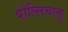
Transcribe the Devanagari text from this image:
पोल्लिचात्हू